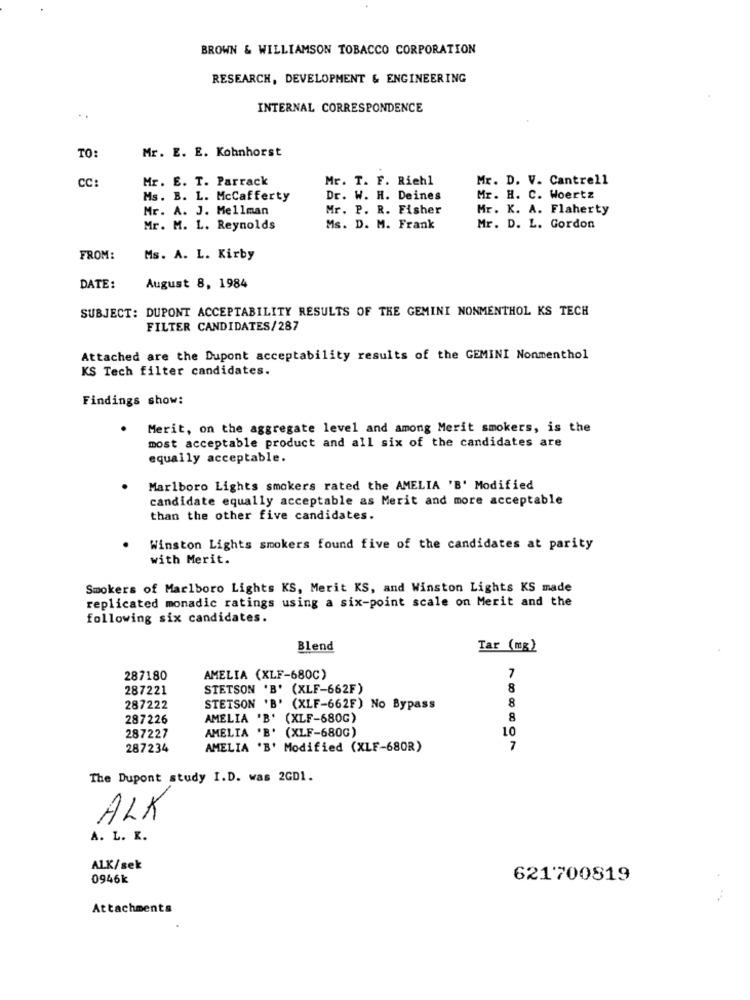
BROWN & WILLIAMSON TOBACCO CORPORATION
RESEARCH, DEVELOPMENT & ENGINEERING
INTERNAL CORRESPONDENCE
Mr. E. E. Kohnhorst
TO:
CC:
Mr. E. T. Parrack
Mr. T. F. Riehl
Mr. D. V. Cantrell
Ms. B. L. McCafferty
Dr. W. H. Deines
Mr. H. C. Woertz
Mr. A. J. Mellman
Mr. P. R. Fisher
Mr. K. A. Flaherty
Mr. M. L. Reynolds
Ms. D. M. Frank
Mr. D. L. Gordon
FROM:
Ms. A. L. Kirby
DATE:
August 8, 1984
SUBJECT: DUPONT ACCEPTABILITY RESULTS OF THE GEMINI NONMENTHOL KS TECH
FILTER CANDIDATES/287
Attached are the Dupont acceptability results of the GEMINI Nonmenthol
KS Tech filter candidates.
Findings show:
Merit, on the aggregate level and among Merit smokers, is the
most acceptable product and all six of the candidates are
equally acceptable.
Marlboro Lights smokers rated the AMELIA 'B' Modified
candidate equally acceptable as Merit and more acceptable
than the other five candidates.
Winston Lights smokers found five of the candidates at parity
with Merit.
Smokers of Marlboro Lights KS, Merit KS, and Winston Lights KS made
replicated monadic ratings using a six-point scale on Merit and the
following six candidates.
Blend
Tar (mg)
287180
AMELIA (XLF-680C)
7
287221
STETSON 'B' (XLF-662F)
8
287222
STETSON 'B' (XLF-662F) No Bypass
8
287226
AMELIA 'B' (XLF-680G)
8
AMELIA 'B' (XLF-680G)
10
287227
287234
AMELIA 'B' Modified (XLF-680R)
7
The Dupont study I.D. was 2GD1.
ALK
A. L. K.
AL.K/sek
0946k
621700819
Attachments